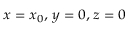
\scriptstyle x \; = \; x _ { 0 } , \; y \; = \; 0 , \; z \; = \; 0